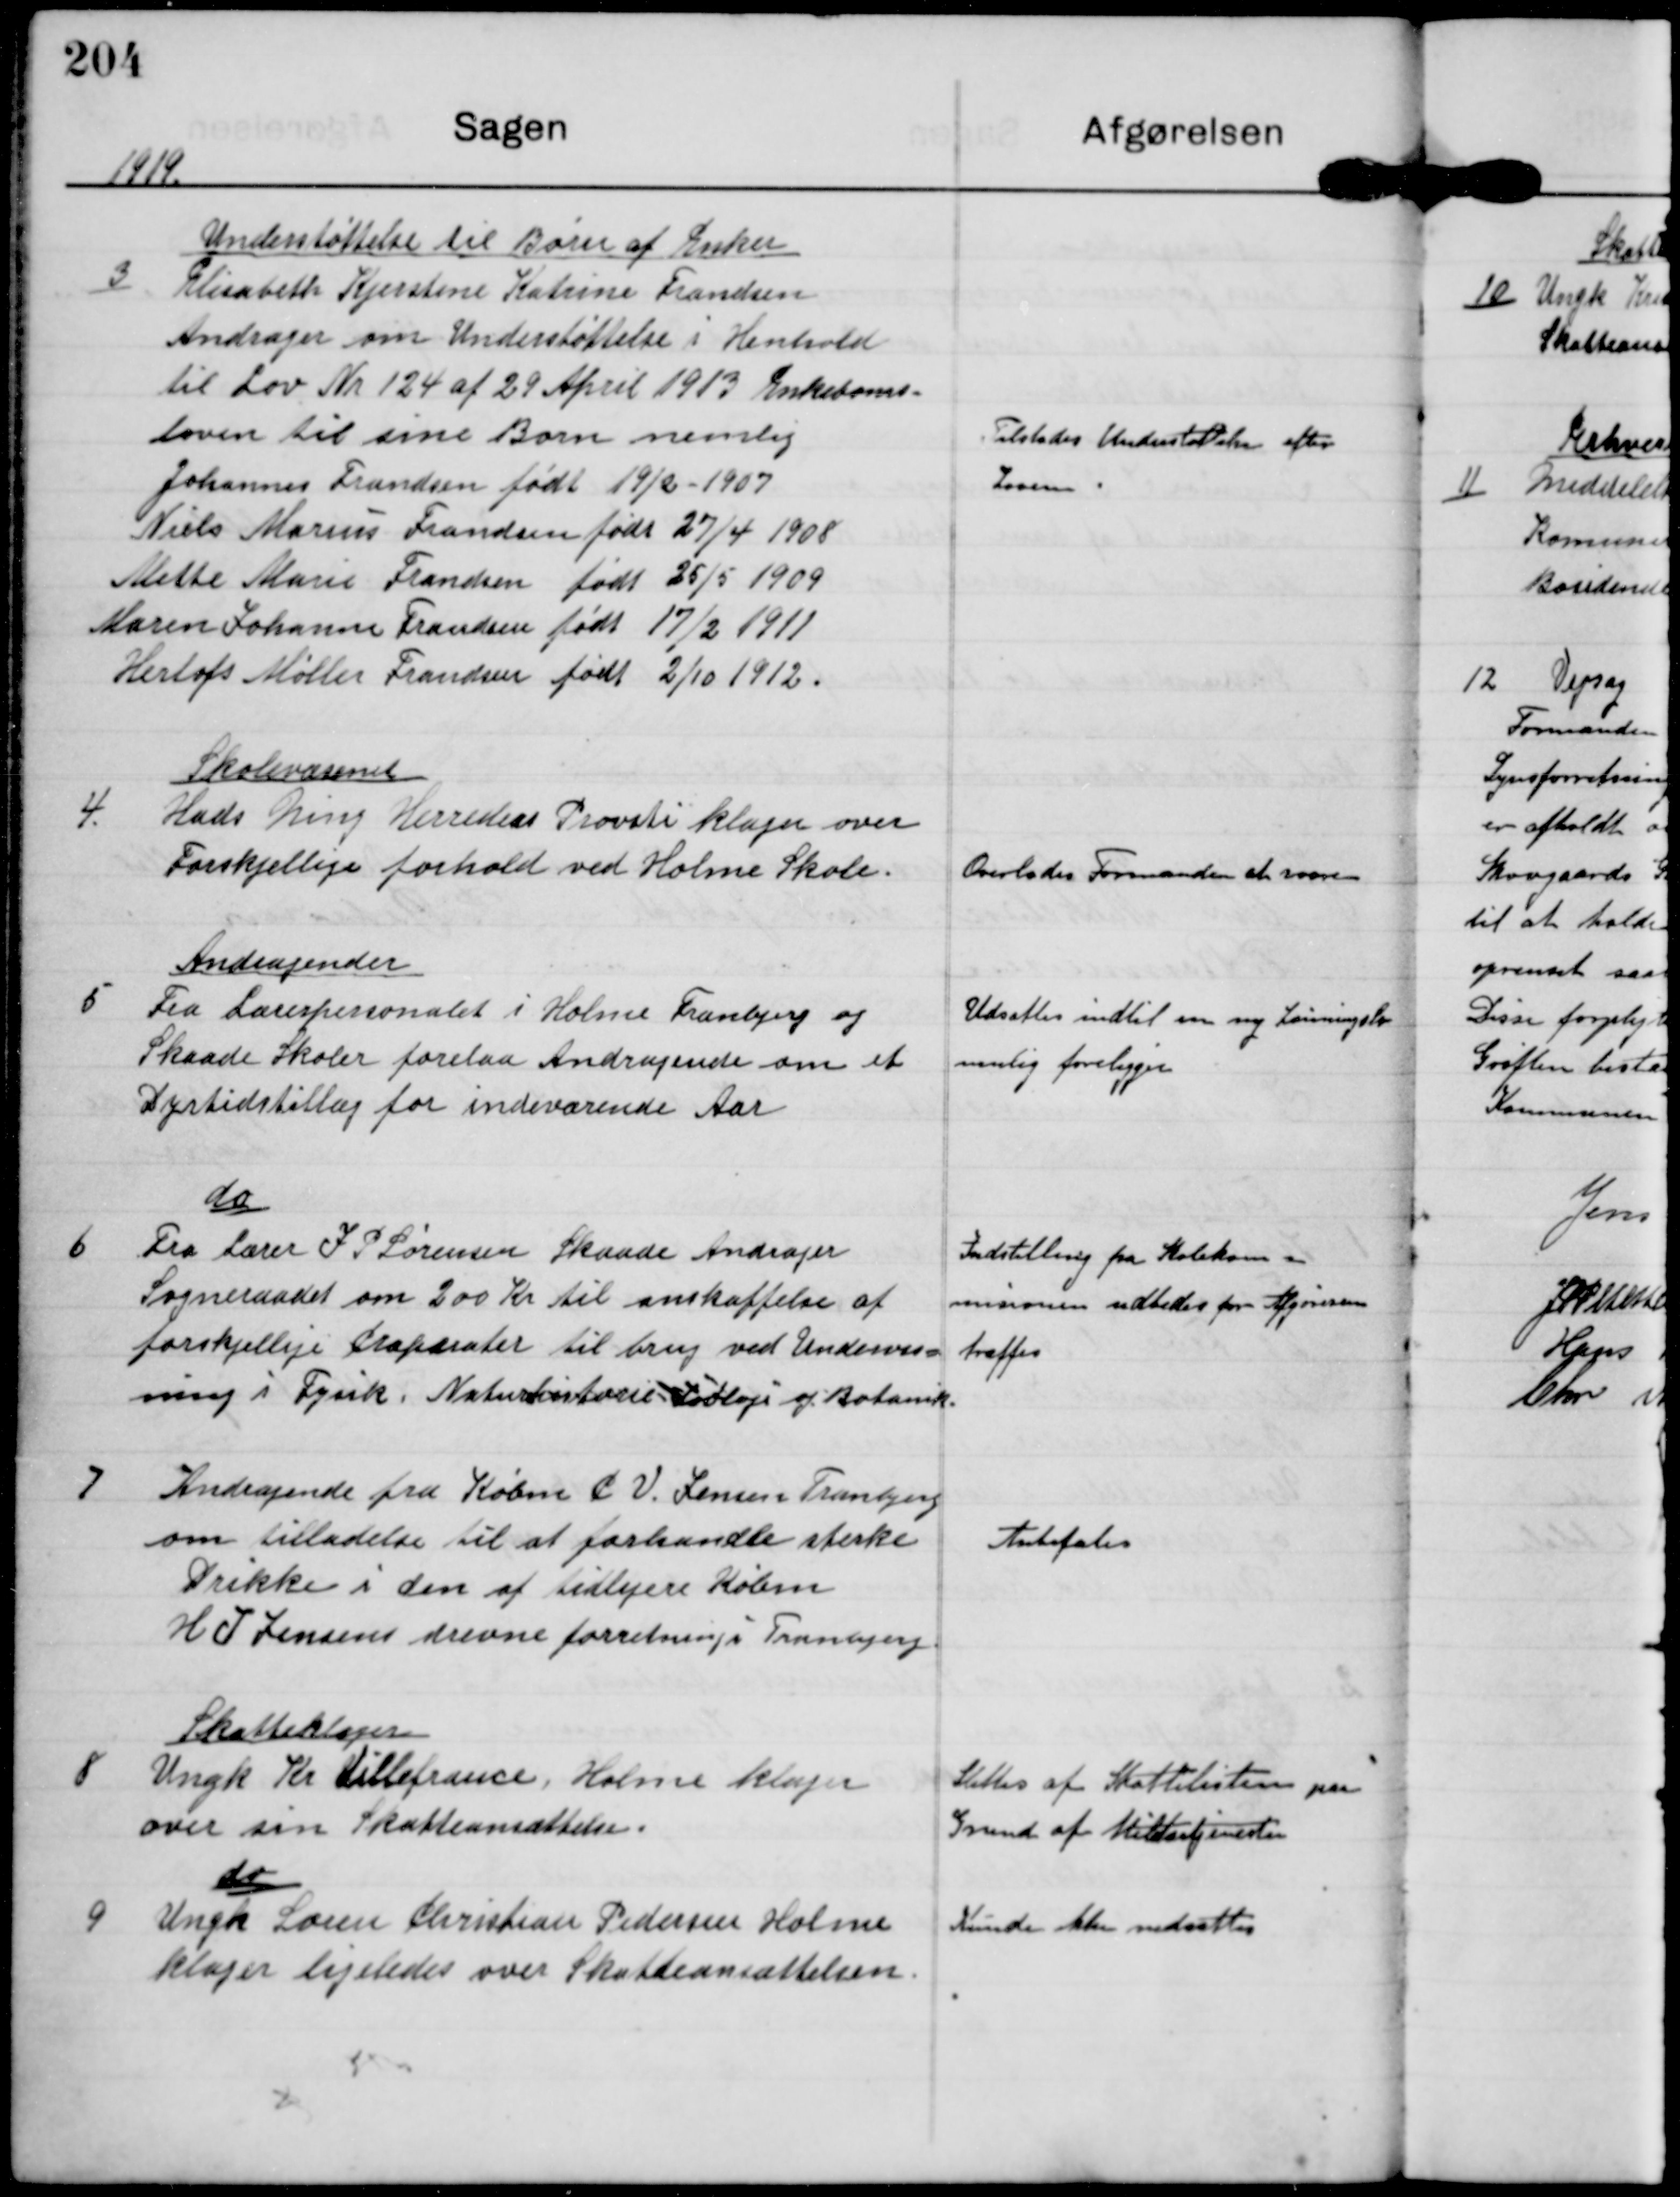
Transskription:
1919

3

Understøttelse til Børn af Enker
Elisabeth Kjerstine Katrine Frandsen
Andrager om Understøttelse i Henhold
til Lov Nr 124 af 29 April 1913 Enkebørns-
loven til sine Børn nemlig
Johannes Frandsen født 19/2-1907
Niels Marius Frandsen født 27/4 1908
Mette Marie Frandsen født 25/5 1909
Maren Johanne Frandsen født 17/2 1911
Herlofs Møller Frandsen født 2/10 1912

Tilstødes Understøttelse efter
Loven

4

Skolevæsenet
Hads Ning Herreders Provsti klager over
Forskjellige forhold ved Holme Skole

Overlades Formanden af ordne

5

Andragender
Fra Lærerpersonalet i Holme Tranbjerg og
Skaade Skoler forelaa Andragende om et
Dyrtidstillæg for indeværende Aar

Udsattes indtil en ny Lønninslov
mulig foreligger

6

do
Fra Lærer J P Sørensen Skaade Andrager
Sogneraadet om 200 Kr til anskaffelse af
forskjellige Præparater til brug ved Undervis-
ning i Fysik, Naturhistorie, L x logi og Botanik

Indstilling fra Skolekom-
missionen udbedes før Afgørelsen
træffes

7

Andragende fra Købm P V Jensen Tranbjerg
om tilladelse til at forhandle sterke
Drikke i den af tidligere Købm
H J Jensen drevne forretning i Tranbjerg.

Anbefales

8

Skatteklager
Ungk Kr. Villefrance Holme klager
over sin Skatteansættelse.

Slettes af Skattelisten paa
Grund af Militærtjeneste

9

do
Ungk Søren Christian Pedersen Holme
klager ligeledes over Skatteansættelsen

Kunde ikke nedsættes